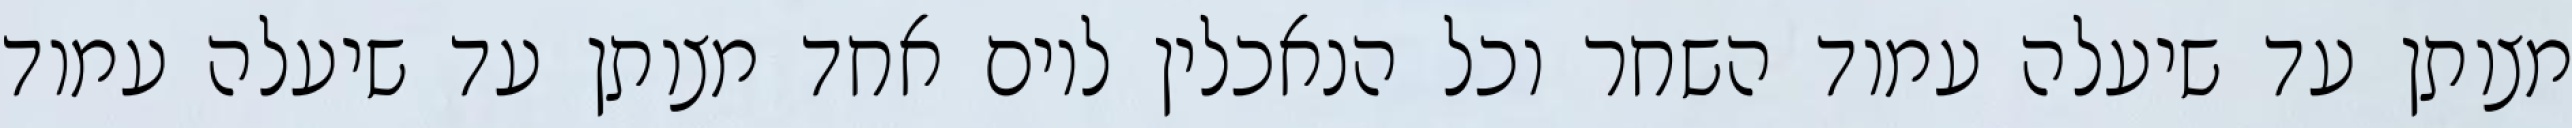
מצותן עד שיעלה עמוד השחר וכל הנאכלין ליום אחד מצותן עד שיעלה עמוד